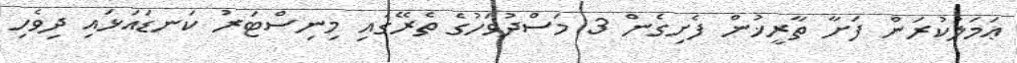
ޢަމަލުކުރަން ފަށާ ތާރީޚުން ފެށިގެން 3 މަސްދުވަހުގެ ތެރޭގައި މިނިސްޓަރު ކަނޑައަޅައި ދިވެހި